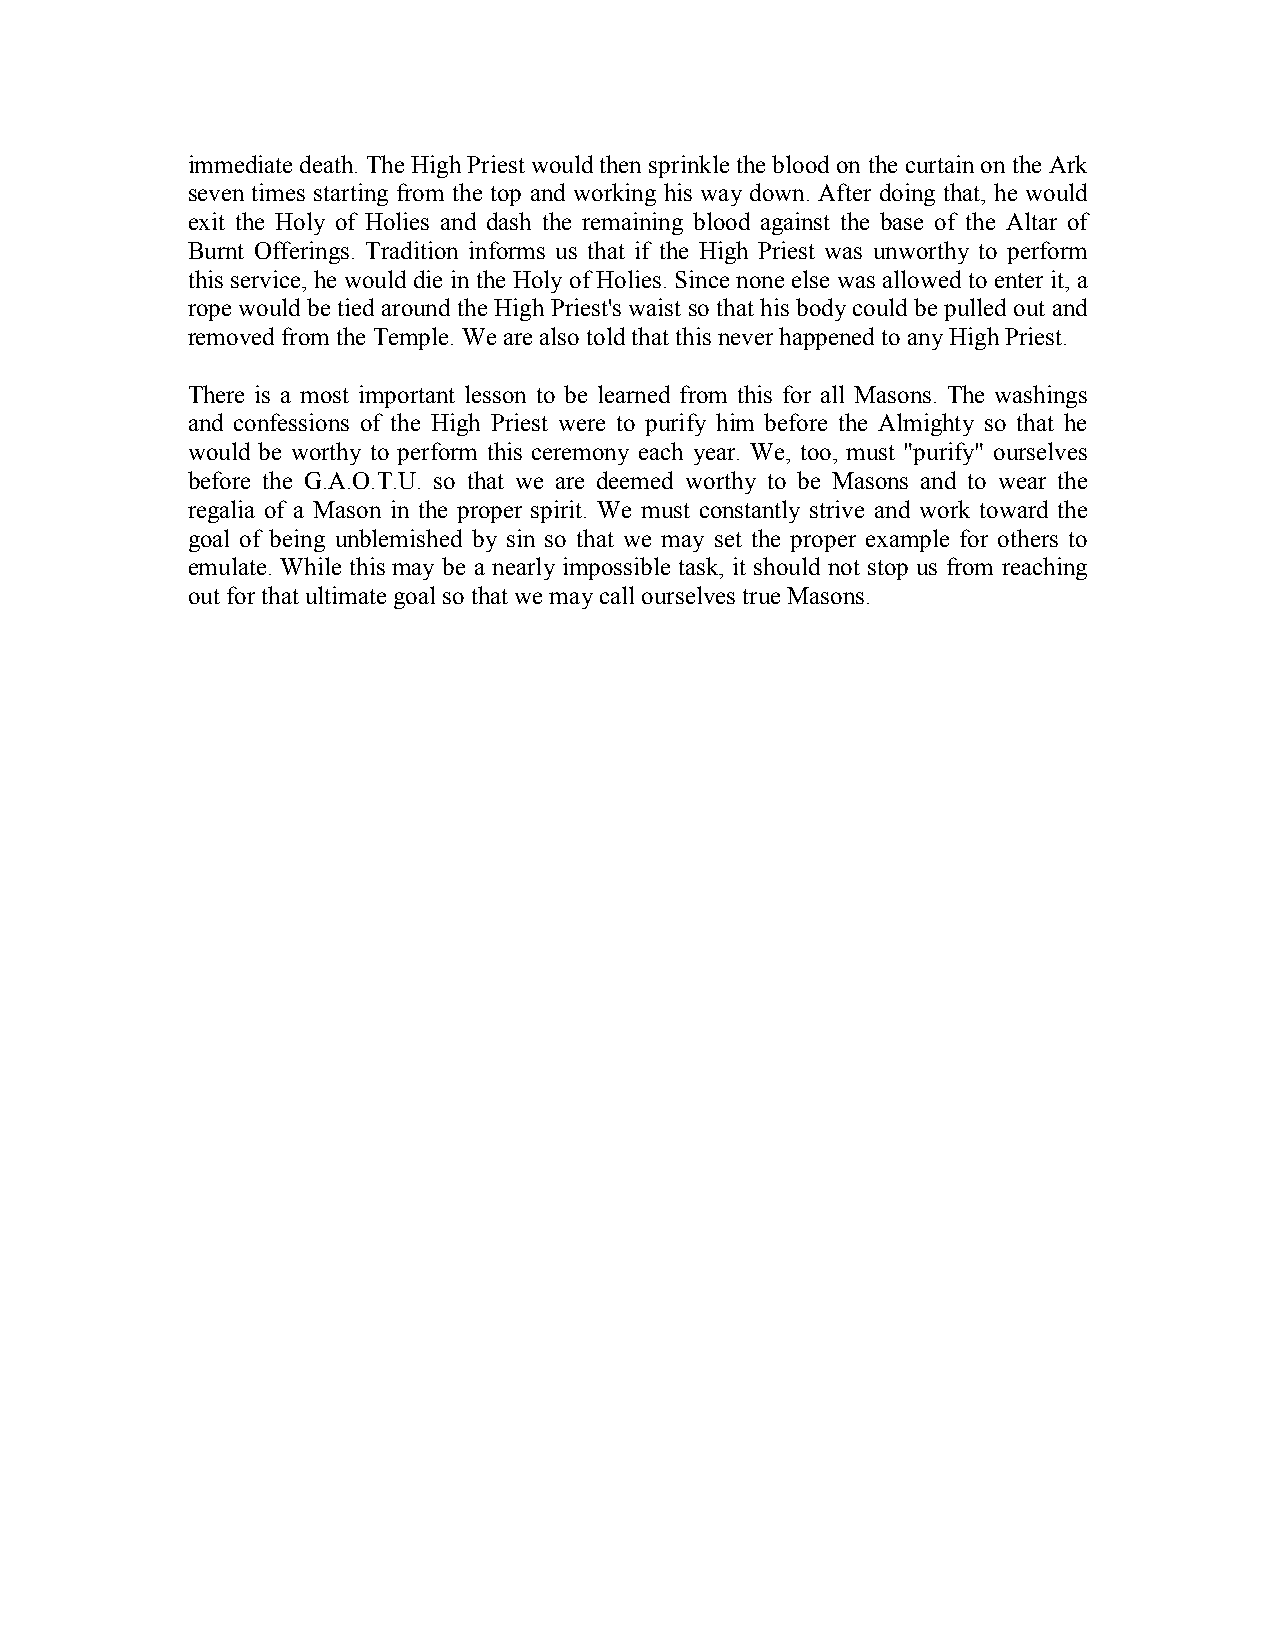
immediate death. The High Priest would then sprinkle the blood on the curtain on the Ark
 seven times starting from the top and working his way down. After doing that, he would
 exit the Holy of Holies and dash the remaining blood against the base of the Altar of
 Burnt Offerings. Tradition informs us that if the High Priest was unworthy to perform
 this service, he would die in the Holy of Holies. Since none else was allowed to enter it, a
 rope would be tied around the High Priest's waist so that his body could be pulled out and
 removed from the Temple. We are also told that this never happened to any High Priest.
 There is a most important lesson to be learned from this for all Masons. The washings
 and confessions of the High Priest were to purify him before the Almighty so that he
 would be worthy to perform this ceremony each year. We, too, must "purify" ourselves
 before the G.A.O.T.U. so that we are deemed worthy to be Masons and to wear the
 regalia of a Mason in the proper spirit. We must constantly strive and work toward the
 goal of being unblemished by sin so that we may set the proper example for others to
 emulate. While this may be a nearly impossible task, it should not stop us from reaching
 out for that ultimate goal so that we may call ourselves true Masons.